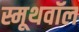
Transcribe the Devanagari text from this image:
स्मूथवॉल